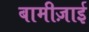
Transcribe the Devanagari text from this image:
बामीज़ाई